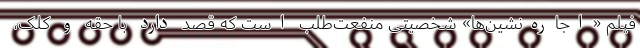
فیلم «اجاره‌نشین‌ها» شخصیتی منفعت‌طلب است که قصد دارد با حقه و کلک،